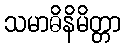
သမာဓိနိမိတ္တာ